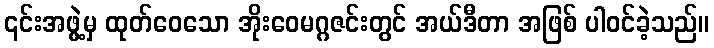
၎င်းအဖွဲ့မှ ထုတ်ဝေသော အိုးဝေမဂ္ဂဇင်းတွင် အယ်ဒီတာ အဖြစ် ပါဝင်ခဲ့သည်။